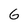
Character: G